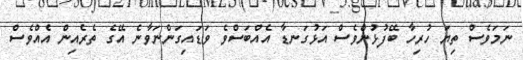
ނަމަވެސް ތިޔަ ހުރިހާ ބޭފުޅުންވެސް އަޅުގަނޑާ އެއްބަސްވެ ވަޑައިގަންނަވާނެ އޭގެ ތެރެއިން އެއްވެސް